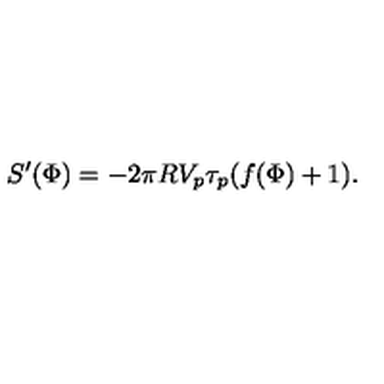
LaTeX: S ^ { \prime } ( \Phi ) = - 2 \pi R V _ { p } \tau _ { p } ( f ( \Phi ) + 1 ) .